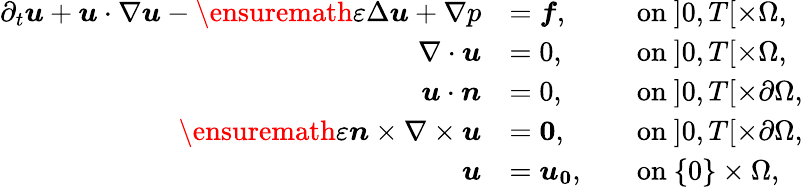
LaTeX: \begin{array}{rlrl}{\partial_{t}\boldsymbol{u}+\boldsymbol{u}\cdot\nabla\boldsymbol{u}-\ensuremath\varepsilon\Delta\boldsymbol{u}+\nabla p}&{=\boldsymbol{f},}&&{\mathrm{on~}]0,T[\times\Omega,}\\ {\nabla\cdot\boldsymbol{u}}&{=0,}&&{\mathrm{on~}]0,T[\times\Omega,}\\ {\boldsymbol{u}\cdot\boldsymbol{n}}&{=0,}&&{\mathrm{on~}]0,T[\times\partial\Omega,}\\ {\ensuremath\varepsilon\boldsymbol{n}\times\nabla\times\boldsymbol{u}}&{=\boldsymbol{0},}&&{\mathrm{on~}]0,T[\times\partial\Omega,}\\ {\boldsymbol{u}}&{=\boldsymbol{u_{0}},}&&{\mathrm{on~}\{ 0\} \times\Omega,}\end{array}